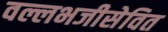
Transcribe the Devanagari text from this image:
वल्लभजीसेवित